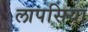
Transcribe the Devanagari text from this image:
लापसिया